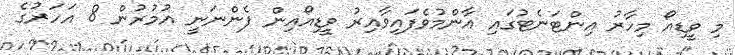
މި ވީޑިއޯ މިހާރު އިންޓަނެޓުގައި އާންމުވެފައިވާއިރު ވީޑިއޯއިން ފެންނަނީ އުމުރުން 8 އަހަރުގެ